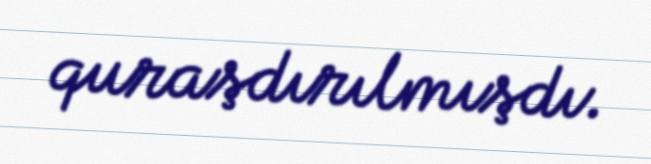
quraşdırılmışdı.